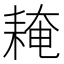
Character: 䎨